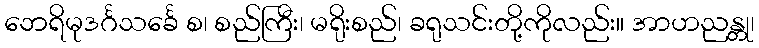
ဘေရိမုဒင်္ဂသင်္ခေ စ၊ စည်ကြီး၊ မရိုးစည်၊ ခရုသင်းတို့ကိုလည်း။ အာဟညန္တု၊